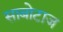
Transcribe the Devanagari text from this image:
साबोटाज